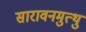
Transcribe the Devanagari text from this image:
सारावनमुत्थु